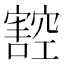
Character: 𭔠